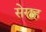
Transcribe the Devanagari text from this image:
सेराह